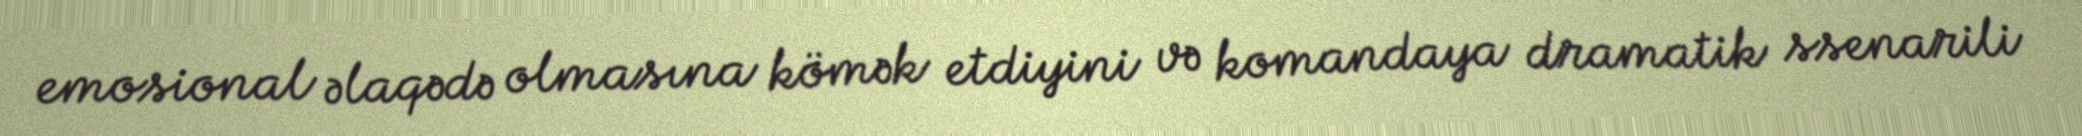
emosional əlaqədə olmasına kömək etdiyini və komandaya dramatik ssenarili